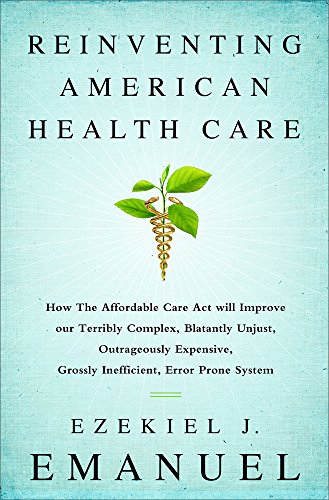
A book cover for Reinventing American Health Care: How the Affordable Care Act will Improve our Terribly Complex, Blatantly Unjust, Outrageously Expensive, Grossly Inefficient, Error Prone System; Ezekiel Emanuel; Medical Books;